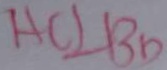
A C \bot B D